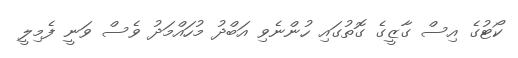
ކޯޓުގެ އިސް ގާޒީގެ ގޮތުގައި ހުންނެވި އަބްދު މުހައްމަދު ވެސް ވަނީ ފެމިލީ